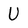
Character: U